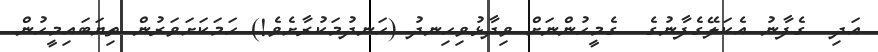
އަދި  ގެފާނު އެކަލޭގެފާނުގެ  ގެމީހުންނަށް ވިދާޅުވިހިނދު (ހަނދުމަކުރާށެވެ!) ހަމަކަށަވަރުން ތިޔަބައިމީހުން